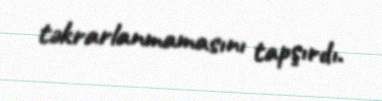
təkrarlanmamasını tapşırdı.